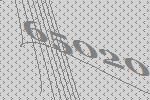
65020